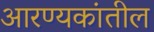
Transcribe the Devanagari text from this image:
आरण्यकांतील